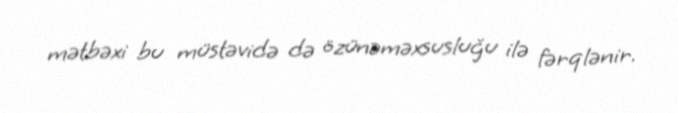
mətbəxi bu müstəvidə də özünəməxsusluğu ilə fərqlənir.